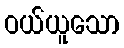
ဝယ်ယူသော